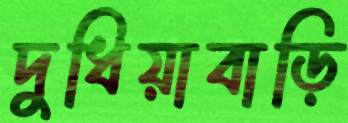
দুধিয়াবাড়ি